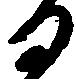
る